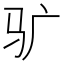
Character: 𱄾